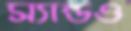
স্যান্ডও